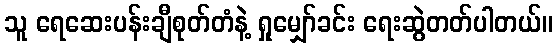
သူ ရေဆေးပန်းချီစုတ်တံနဲ့ ရှုမျှော်ခင်း ရေးဆွဲတတ်ပါတယ်။